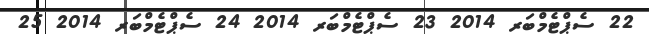
22 ސެޕްޓެމްބަރ 2014 23 ސެޕްޓެމްބަރ 2014 24 ސެޕްޓެމްބަރ 2014 25